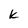
Character: k